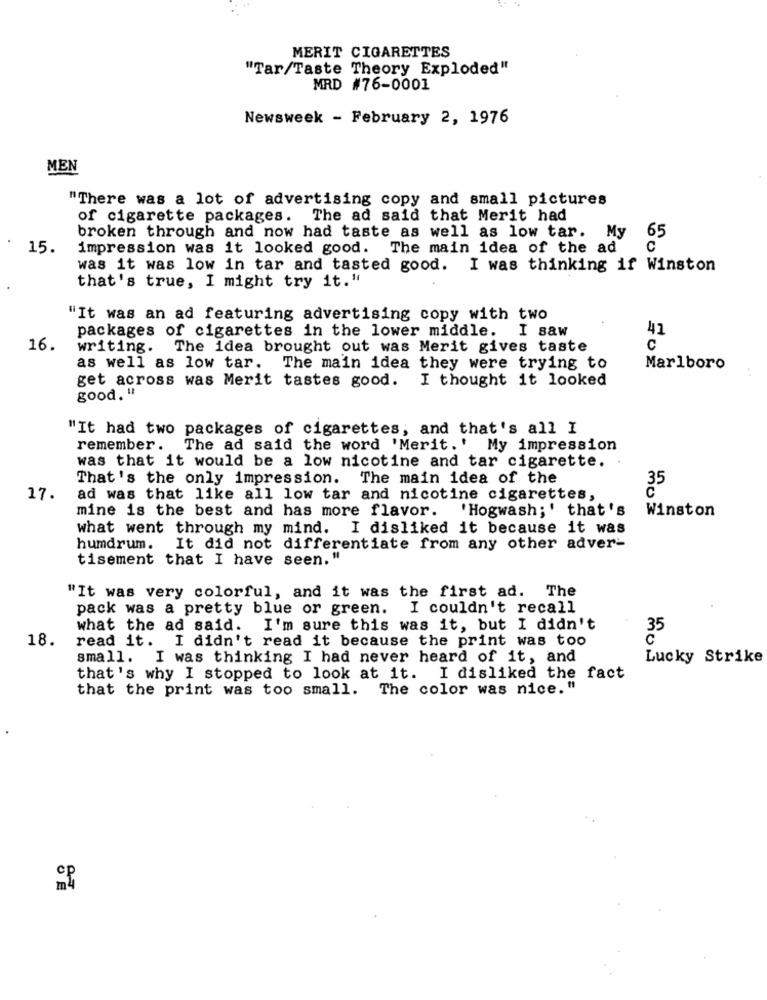
MERIT CIGARETTES
"Tar/Taste Theory Exploded"
MRD #76-0001
Newsweek - February 2, 1976
MEN
"There was a lot of advertising copy and small pictures
of cigarette packages. The ad said that Merit had
broken through and now had taste as well as low tar. My
65
15.
impression was it looked good. The main idea of the ad
C
was it was low in tar and tasted good. I was thinking if Winston
that's true, I might try it."
"It was an ad featuring advertising copy with two
packages of cigarettes in the lower middle. I saw
41
16.
writing. The idea brought out was Merit gives taste
C
as well as low tar. The main idea they were trying to
Marlboro
get across was Merit tastes good.
I thought it looked
good. "
"It had two packages of cigarettes, and that's all I
remember.
The ad said the word 'Merit.' My impression
was that it would be a low nicotine and tar cigarette.
That's the only impression. The main idea of the
35
17.
ad was that like all low tar and nicotine cigarettes,
mine is the best and has more flavor. 'Hogwash;' that's
Winston
what went through my mind. I disliked it because it was
humdrum. It did not differentiate from any other adver-
tisement that I have seen."
"It was very colorful, and it was the first ad. The
pack was a pretty blue or green. I couldn't recall
what the ad said. I'm sure this was it, but I didn't
35
18.
read it. I didn't read it because the print was too
small. I was thinking I had never heard of it, and
Lucky Strike
that's why I stopped to look at it. I disliked the fact
that the print was too small. The color was nice."